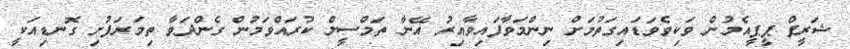
ޝަރީފް ޕީޕީއެމުން ވަކިވެވަޑައިގަތުމަށް ނިންމަވާފައިވާއިރު އޭނާ ތަމްސީލް ކުރައްވަމުން ގެންދަވާ ތިމަރަފުށި ގޮނޑިއަކީ